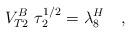
LaTeX: \begin{align*}V^B_{T2}\ \tau_2^{1/2}= \lambda_8^H\quad,\end{align*}